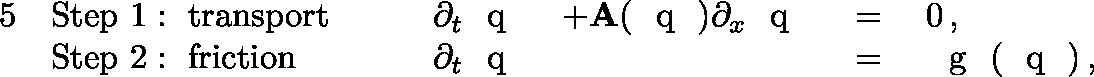
\begin{array} { r l r l r l } { { 5 } } & { \mathrm { S t e p ~ 1 : ~ t r a n s p o r t } \qquad } & { \partial _ { t } \textrm { \boldmath { q } } } & { + \mathbf { A } ( \textrm { \boldmath { q } } ) \partial _ { x } \textrm { \boldmath { q } } } & { \; = \; } & { 0 \, , } \\ & { \mathrm { S t e p ~ 2 : ~ f r i c t i o n } \qquad } & { \partial _ { t } \textrm { \boldmath { q } } } & { } & { \; = \; } & { \textrm { \boldmath { g } } ( \textrm { \boldmath { q } } ) \, , } \end{array}